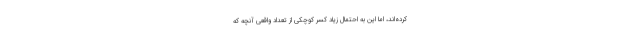
کرده‌اند، اما این به احتمال زیاد کسر کوچکی از تعداد واقعی آنچه که